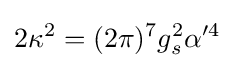
2\kappa ^{2}=(2\pi )^{7}g_{s}^{2}\alpha '^{4}